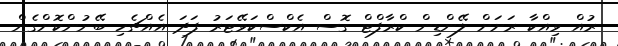
ރުއް ވިއްކާ ރަށަށް ލޭންޑިން ކްރާފްޓް ގޮސް އެކްސްކަވޭޓަރު ފަދަ އެއްޗެހި ބޭނުންކޮށްގެން